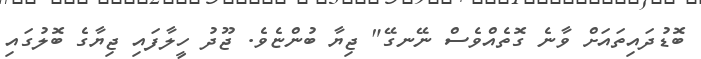
ބޮޑުދައިތައަށް ވާނެ ގޮތެއްވެސް ނޭނގޭ" ޖިޔާ ބުންޏެވެ. ޖޫދު ހީލާފައި ޖިޔާގެ ބޮލުގައި